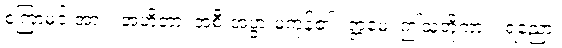
စကြာမင်းအား။ အဟိတာ၊ အစီးအပွားမဲ့ကုန်၏။ ဣမေ၊ ဤသူတို့ကား။ ရညော၊